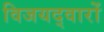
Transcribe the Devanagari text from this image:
विजयद्वारों